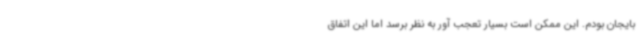
بایجان بودم. این ممکن است بسیار تعجب آور به نظر برسد اما این اتفاق